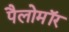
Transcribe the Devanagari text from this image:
पैलोमॉर